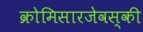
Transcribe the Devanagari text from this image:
क्रोमिसारजेवस्की